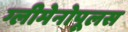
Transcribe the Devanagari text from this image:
ग्लीमेनोपूलस